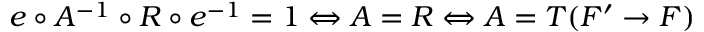
e \circ A ^ { - 1 } \circ R \circ e ^ { - 1 } = 1 \Leftrightarrow A = R \Leftrightarrow A = T ( F ^ { \prime } \to F )